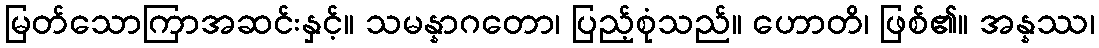
မြတ်သောကြာအဆင်းနှင့်။ သမန္နာဂတော၊ ပြည့်စုံသည်။ ဟောတိ၊ ဖြစ်၏။ အန္နဿ၊